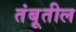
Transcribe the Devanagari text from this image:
तंबूतील